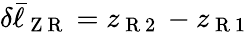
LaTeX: \delta\bar{\ell}_{\mathrm{~Z~R~}}=z_{\mathrm{~R~2~}}-z_{\mathrm{~R~1~}}